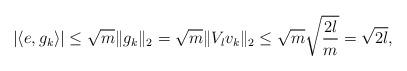
LaTeX: \begin{align*}|\langle e, g_k\rangle| \leq \sqrt m \| g_k\|_2 = \sqrt m \| V_l v_k\|_2 \leq \sqrt{m} \sqrt{\frac{ 2l}{m}} = \sqrt {2l}, \end{align*}